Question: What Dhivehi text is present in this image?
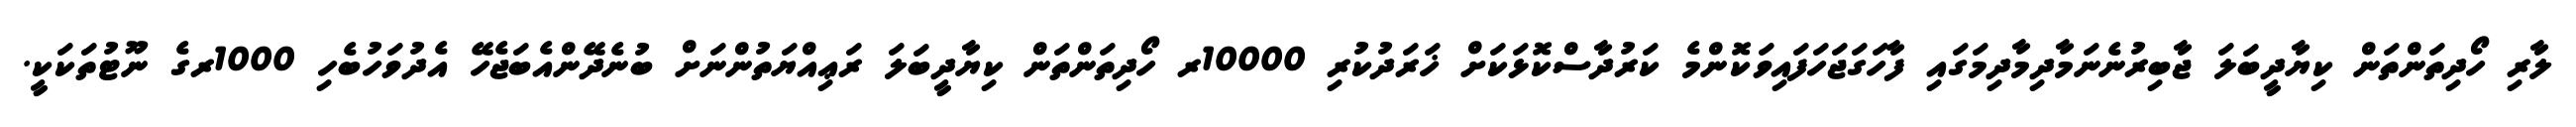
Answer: ލާރި ހޯދިތަންތަން ކިޔާދީބަލަ ޖާބިރުނެނަމާދިމާދިމަގައި ފާހަގަޖަހަފައިވަކޮންމެ ކަރުދާސްކޮޅަކަށް ޚަރަދުކުރި 10000ރ ހޯދިތަންތަން ކިޔާދީބަލަ ރަޢިއްޔަތުންނަށް ބުނެދޭންއެބަޖެހޭ އެދުވަހުބެހި 1000ރގެ ނޫޓުތަކަކީ.